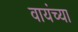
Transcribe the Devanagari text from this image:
वायंच्या